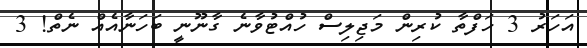
އަހަރު 3 ހަފްތާ ކުރިން މަޖިލިސް ހުއްޓުވާނެ ގާނޫނީ ބަހަނާއެއް ނެތް! 3